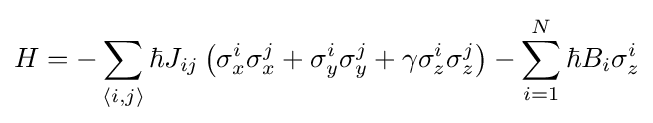
H=-\sum _{\langle i,j\rangle }\hbar J_{ij}\left({\sigma }_{x}^{i}{\sigma }_{x}^{j}+{\sigma }_{y}^{i}{\sigma }_{y}^{j}+\gamma {\sigma }_{z}^{i}{\sigma }_{z}^{j}\right)-\sum _{i=1}^{N}\hbar B_{i}\sigma _{z}^{i}